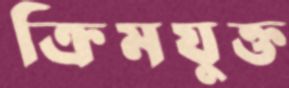
ক্রিমযুক্ত